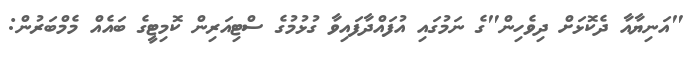
"އަނިޔާއާ ދެކޮޅަށް ދިވެހިން"ގެ ނަމުގައި އުފައްދާފައިވާ ގުޅުމުގެ ސްޓިއަރިން ކޮމިޓީގެ ބައެއް މެމްބަރުން: